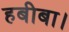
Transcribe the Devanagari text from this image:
हबीबा।